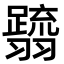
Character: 𮋗